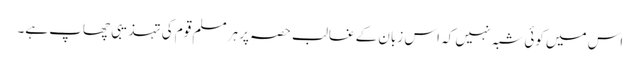
اس میں کوئی شبہ نہیں کہ اس زبان کے غالب حصہ پر ہر مسلم قوم کی تہذیبی چھاپ ہے۔